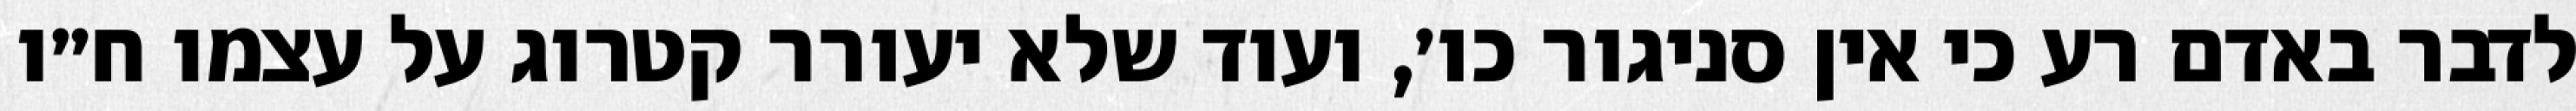
לדבר באדם רע כי אין סניגור כו׳, ועוד שלא יעורר קטרוג על עצמו ח״ו